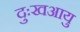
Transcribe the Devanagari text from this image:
दुःखआयु